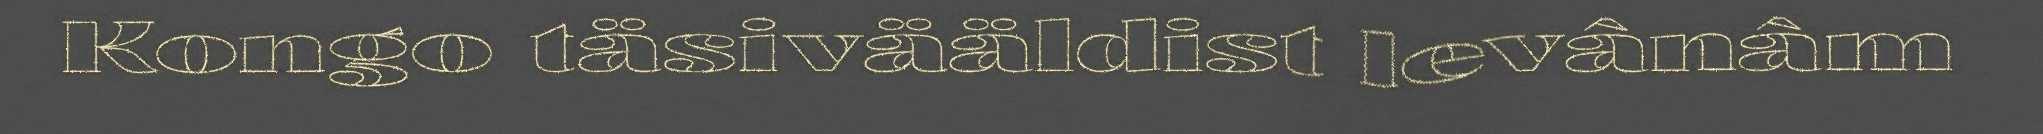
Kongo täsivääldist levânâm